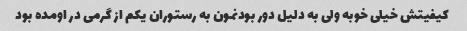
کیفیتش خیلی خوبه ولی به دلیل دور بودنمون به رستوران یکم از گرمی در اومده بود